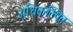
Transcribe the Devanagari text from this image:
अधिकल्पित